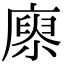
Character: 𢊻